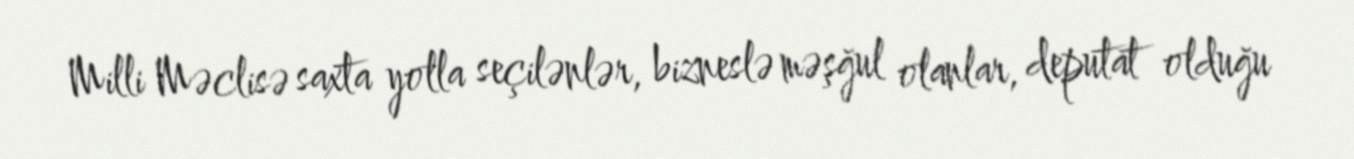
Milli Məclisə saxta yolla seçilənlər, bizneslə məşğul olanlar, deputat olduğu